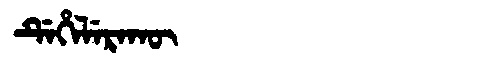
Manchu: ᡩᡝᡥᡝᠯᡝᡵᠠᡴᡡ
Romanization: DEHELERAKŪ